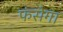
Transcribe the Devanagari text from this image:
फंसेगा